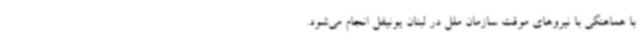
با هماهنگی با نیروهای موقت سازمان ملل در لبنان یونیفل انجام می‌شود.